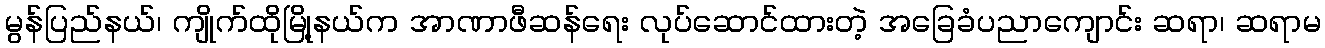
မွန်ပြည်နယ်၊ ကျိုက်ထိုမြို့နယ်က အာဏာဖီဆန်ရေး လုပ်ဆောင်ထားတဲ့ အခြေခံပညာကျောင်း ဆရာ၊ ဆရာမ